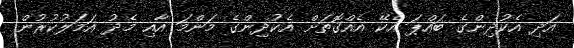
އަދި އެކުދިންގެ ބައްޕަ އެކޭ އެއްގޮތަށް އެކުދިންގެ މަންމަ އާއި މެދު އަމަލުކުރުން